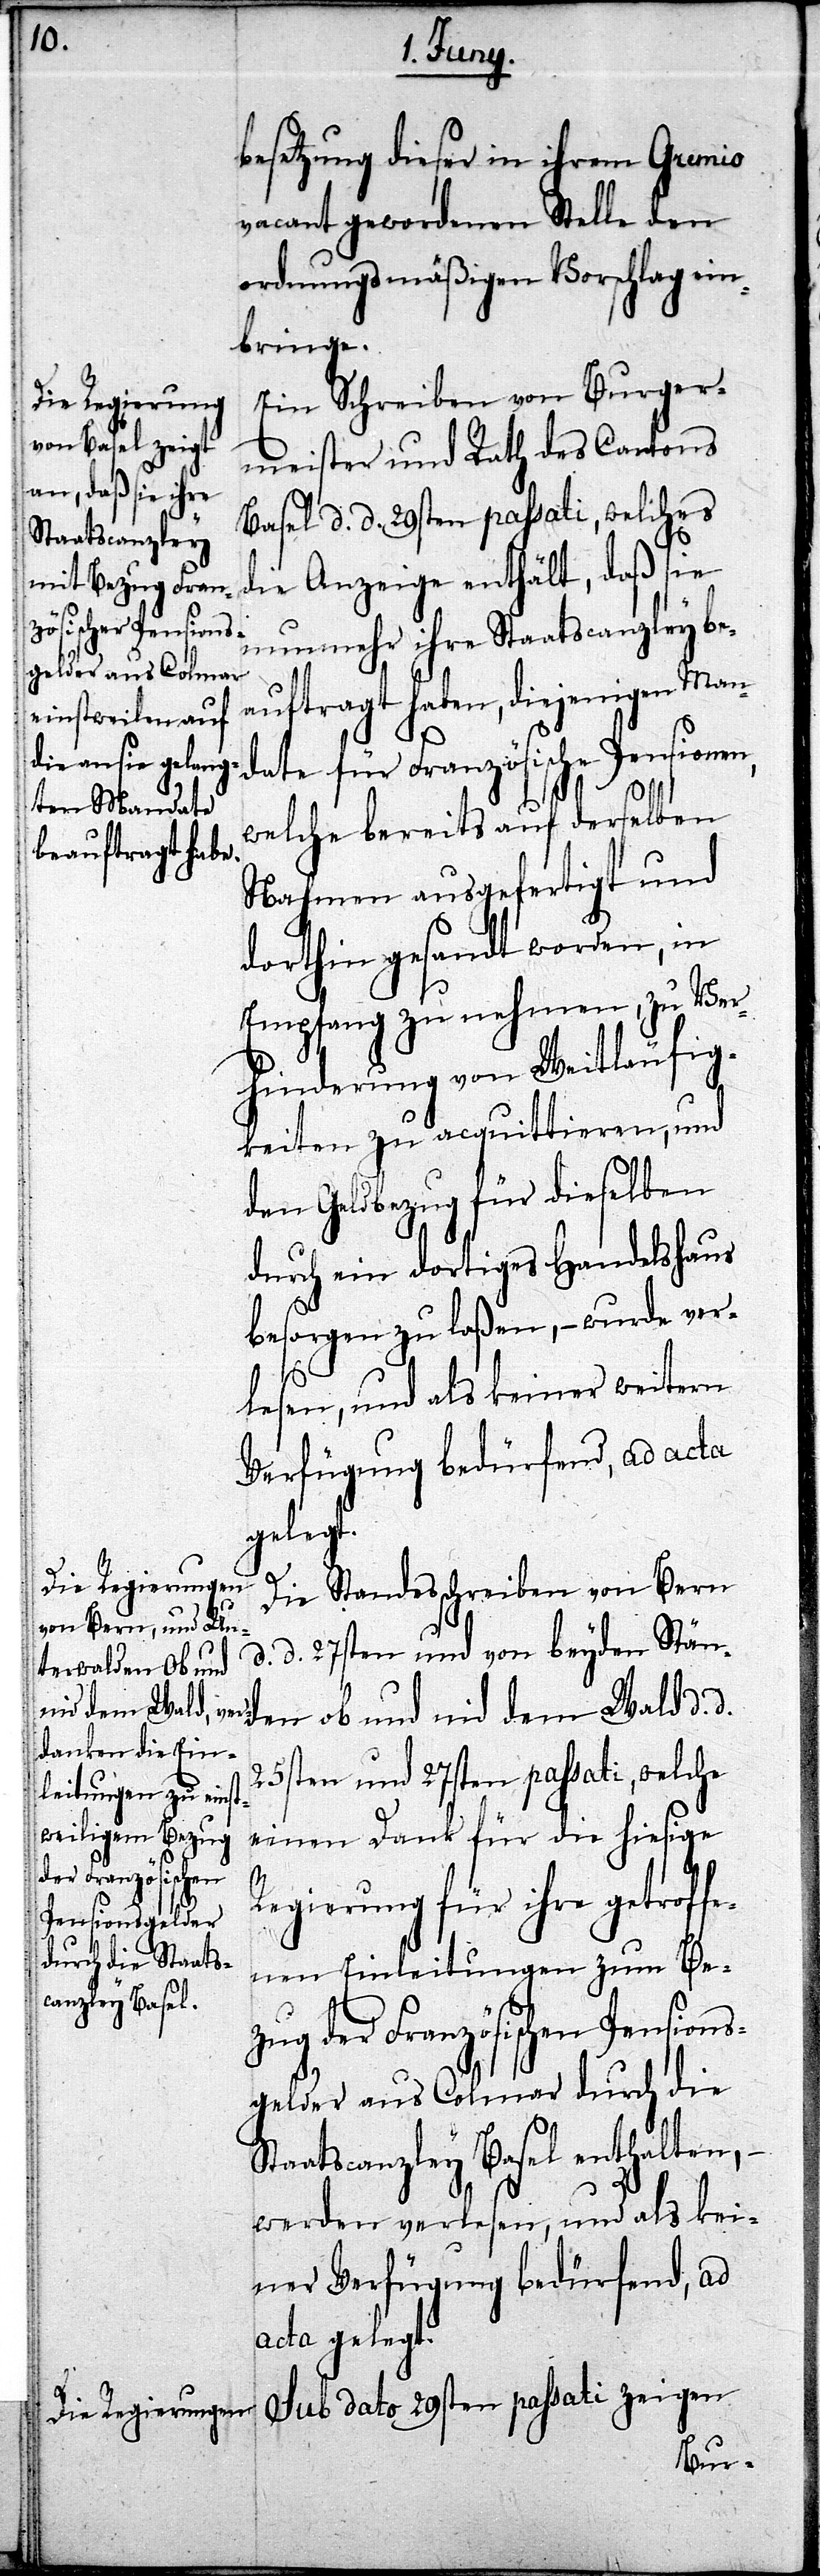
besetzung dieser in ihrem Gremio
vacant gewordenen Stelle den
ordnungmäßigen Vorschlag ein¬
bringe.
Ein Schreiben von Burger¬
meister und Rath des Cantons
Basel d. d. 29sten passati, welches
die Anzeige enthält, daß sie
nunmehr ihre Staatscanzley be¬
auftragt haben, diejenigen Man¬
date für Französische Pensionen,
welche bereits auf derselben
Nahmen ausgefertigt und
dorthin gesandt worden, in
Empfang zu nehmen, zu Ver¬
hinderung von Weitläufig¬
keiten zu aquittieren, und
den Geldbezug für dieselben
durch ein dortiges Handelshaus
besorgen zu laßen, – wurde ver¬
lesen, und als keiner weitern
Verfügung bedürfend, ad acta
gelegt.
Die Standesschreiben von Bern
d. d. 27sten und von beyden Stän¬
den ob und nid dem Wald d.
25sten und 27sten passati, welche
einen Dank für die hiesige
Regierung für ihre getroff¬
enen Einleitungen zum Be¬
zug der Französischen Pensions¬
gelder aus Colmar durch die
Staatscanzley Basel enthalten, –
werden verlesen, und als kei¬
ner Verfügung bedürfend, ad
acta gelegt.
Sub dato 29sten passati zeigen